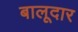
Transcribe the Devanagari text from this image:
बालूदार